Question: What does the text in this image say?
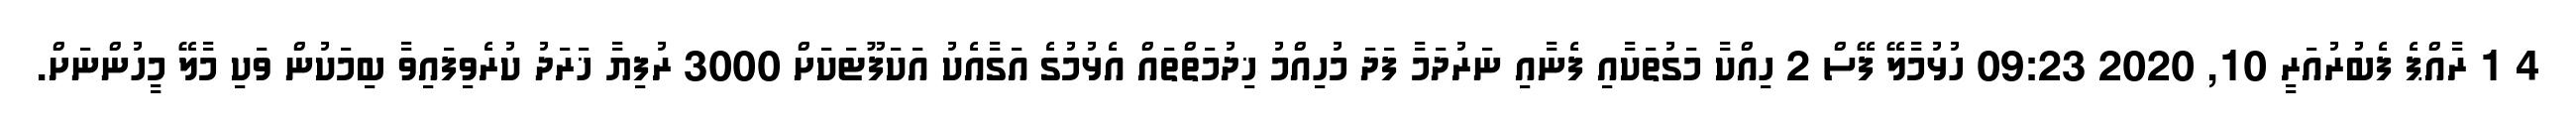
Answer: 4 1 ރާއްޕެ ފެބުރުއަރީ 10, 2020 09:23 ހުޅުމާލޭ ފޭސް 2 ހިއްކާ މަގުތަކާއި ފެނާއި ނަރުދަމާ ފަދަ މުހިއްމު ޚިދުމަތްތައް އެޅުމުގެ އަގާއެކު އަކަފޫޓަކަށް 3000 ރުފިޔާ ޚަރަދު ކުރެވިފައިވާ ބިމަކުން ވަކި މާލޭ މީހުންނަށް.